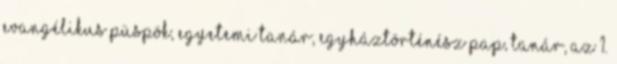
Evangélikus püspök, egyetemi tanár, egyháztörténész Pap, tanár, az 1.